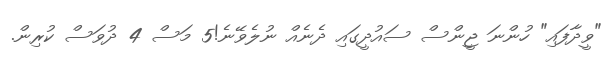
"ވީދާފައި" ހުންނަ ޖީންސް ސައުދީގައި ދެނެއް ނުލެވޭނެ!5 މަސް 4 ދުވަސް ކުރިން.